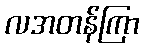
လအတန်ကြာ